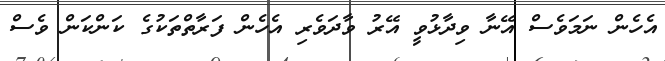
އެހެން ނަމަވެސް އޭނާ ވިދާޅުވީ އޭރު ވާދަވެރި އެހެން ފަރާތްތަކުގެ ކަންކަން ވެސް